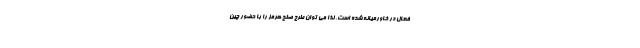
فعال در خاورمیانه شده است. لذا می توان طرح صلح هرمز را با حضور چین